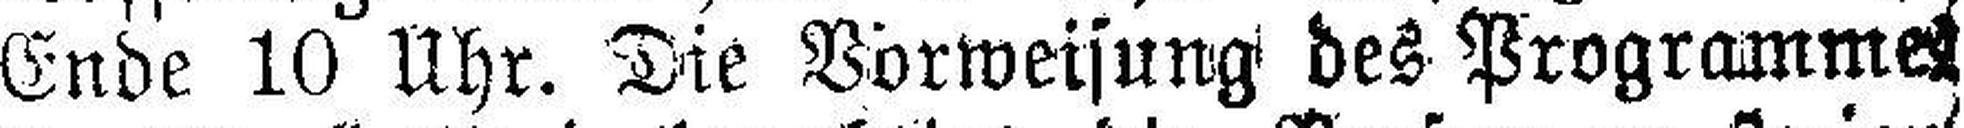
Ende 10 Uhr. Die Vorweisung des Programmes